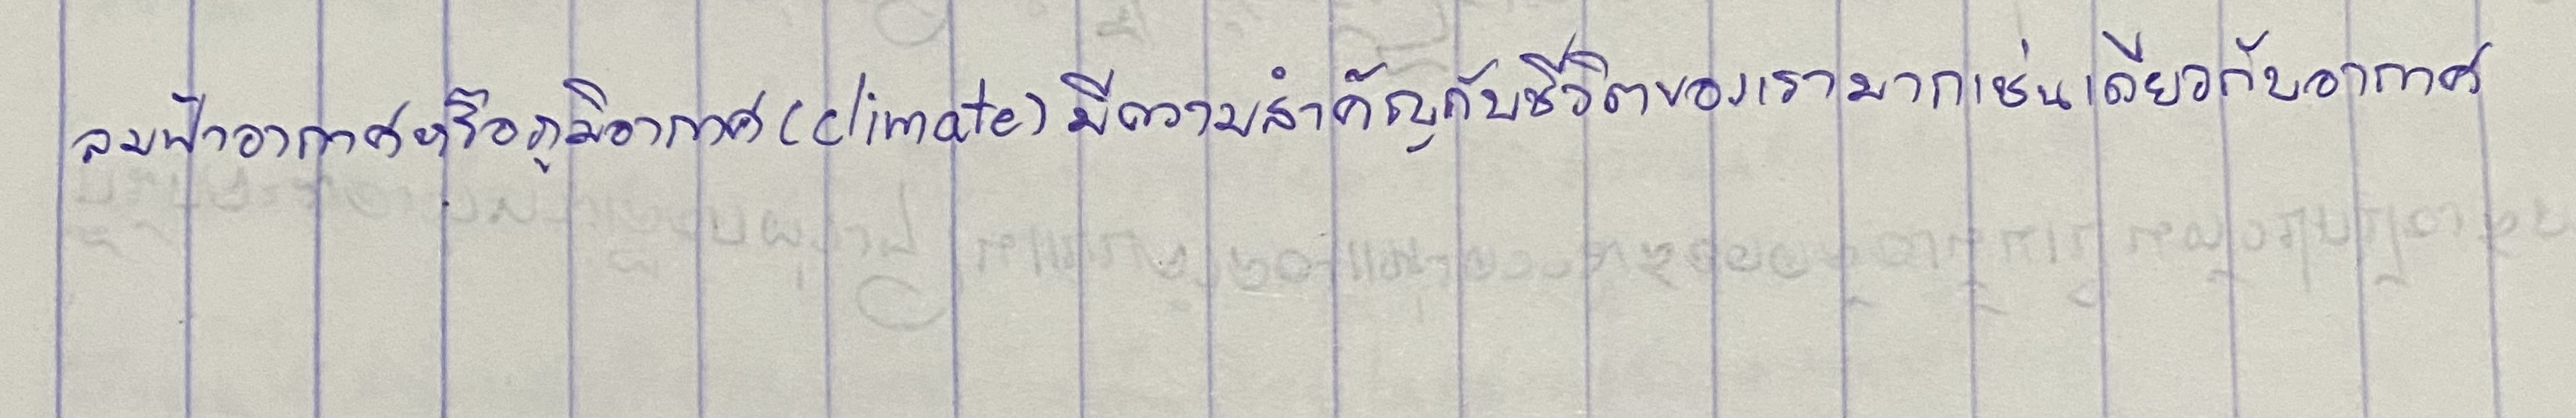
ลมฟ้าอากาศหรือภูมิอากาศ(climate)มีความสำคัญกับชีวิตของเรามากเช่นเดียวกับอากาศ